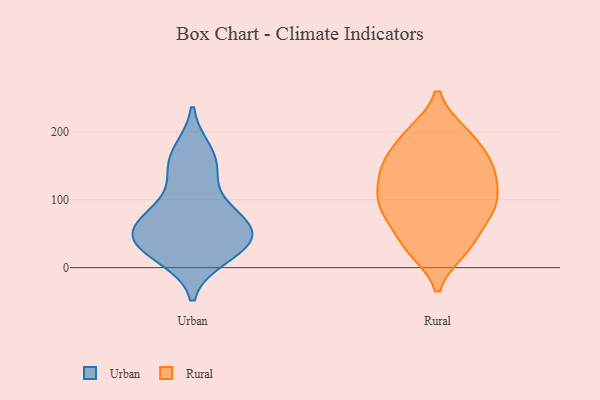
{"axis": {"x": "Backlog", "y": "Value"}, "legend": ["Rural", "Urban"], "data": [{"x": "", "y": 38, "type": "Urban"}, {"x": "", "y": 140, "type": "Urban"}, {"x": "", "y": 46, "type": "Urban"}, {"x": "", "y": 170, "type": "Urban"}, {"x": "", "y": 80, "type": "Urban"}, {"x": "", "y": 18, "type": "Urban"}, {"x": "", "y": 69, "type": "Urban"}, {"x": "", "y": 80, "type": "Urban"}, {"x": "", "y": 34, "type": "Urban"}, {"x": "", "y": 32, "type": "Urban"}, {"x": "", "y": 154, "type": "Urban"}, {"x": "", "y": 53, "type": "Urban"}, {"x": "", "y": 26, "type": "Rural"}, {"x": "", "y": 91, "type": "Rural"}, {"x": "", "y": 88, "type": "Rural"}, {"x": "", "y": 143, "type": "Rural"}, {"x": "", "y": 169, "type": "Rural"}, {"x": "", "y": 153, "type": "Rural"}, {"x": "", "y": 198, "type": "Rural"}, {"x": "", "y": 138, "type": "Rural"}, {"x": "", "y": 50, "type": "Rural"}, {"x": "", "y": 198, "type": "Rural"}, {"x": "", "y": 125, "type": "Rural"}, {"x": "", "y": 87, "type": "Rural"}, {"x": "", "y": 29, "type": "Rural"}, {"x": "", "y": 94, "type": "Rural"}]}